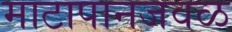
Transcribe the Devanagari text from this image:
माटापानजवळ